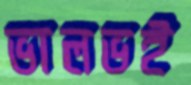
ভালভই